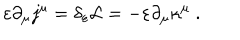
\varepsilon \partial _ { \mu } j ^ { \mu } = \delta _ { \varepsilon } { \cal { L } } = - \varepsilon \partial _ { \mu } \kappa ^ { \mu } ~ .